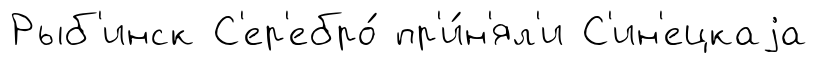
Рыб'инск С'ер'ебро́ пр'и́н'ял'и С'ин'ецкаjа